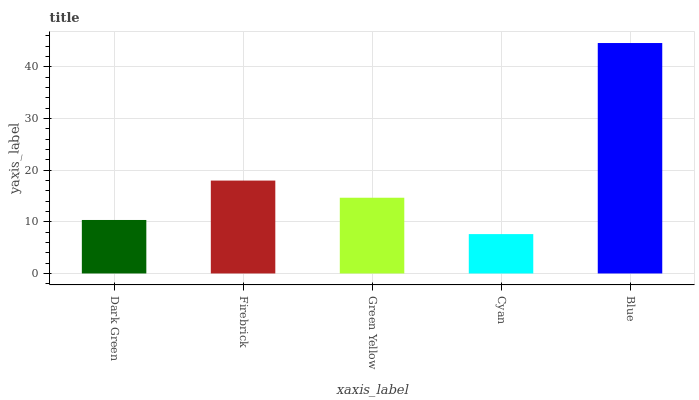
| xaxis_label | bars |
 | --- | --- |
 | Dark Green | 10.4 |
 | Firebrick | 18 |
 | Green Yellow | 14.7 |
 | Cyan | 7.62 |
 | Blue | 44.6 |